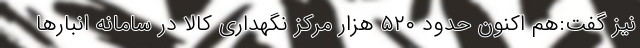
نیز گفت:هم اکنون حدود ۵۲۰ هزار مرکز نگهداری کالا در سامانه انبار‌ها